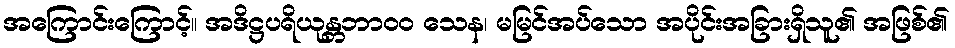
အကြောင်းကြောင့်။ အဒိဋ္ဌပရိယုန္တဘာ၀၀ သေန၊ မမြင်အပ်သော အပိုင်းအခြားရှိသူ၏ အဖြစ်၏